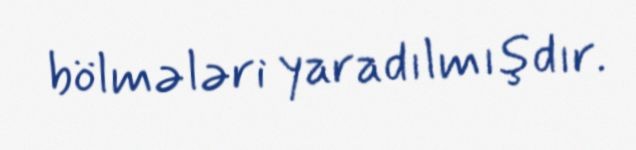
bölmələri yaradılmışdır.